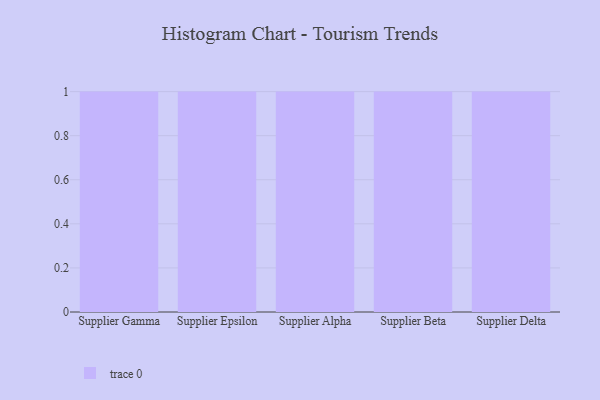
{"axis": {"x": "Supplier", "y": "Operating Costs (USD K)"}, "legend": [""], "data": [{"x": "Supplier Gamma", "y": 77, "type": ""}, {"x": "Supplier Epsilon", "y": 50, "type": ""}, {"x": "Supplier Alpha", "y": 56, "type": ""}, {"x": "Supplier Beta", "y": 17, "type": ""}, {"x": "Supplier Delta", "y": 46, "type": ""}]}